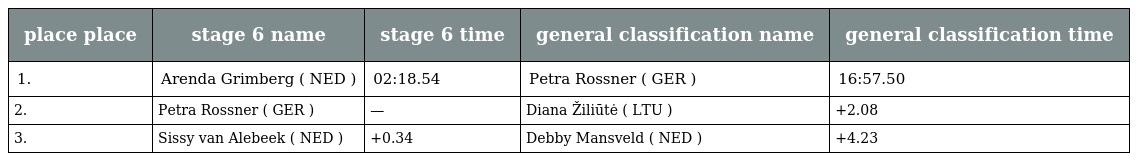
| place place | stage 6 name | stage 6 time | general classification name | general classification time |
 | --- | --- | --- | --- | --- |
 | 1. | Arenda Grimberg ( NED ) | 02:18.54 | Petra Rossner ( GER ) | 16:57.50 |
 | 2. | Petra Rossner ( GER ) | — | Diana Žiliūtė ( LTU ) | +2.08 |
 | 3. | Sissy van Alebeek ( NED ) | +0.34 | Debby Mansveld ( NED ) | +4.23 |